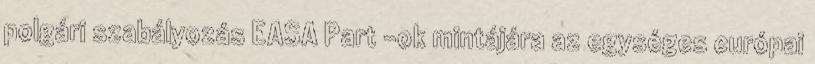
polgári szabályozás EASA Part -ok mintájára az egységes európai